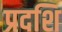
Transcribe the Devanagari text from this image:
प्रदशि